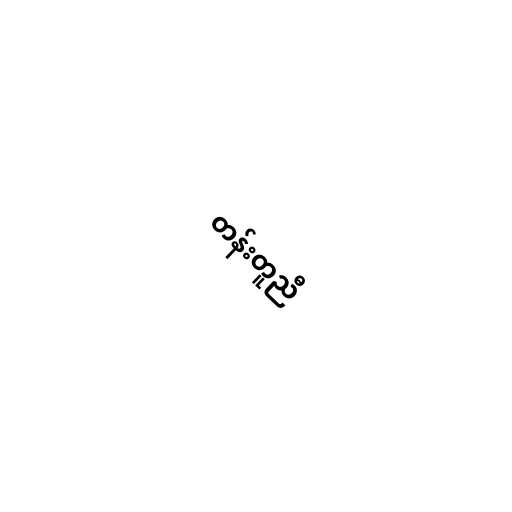
တန်းတူညီ